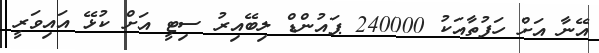
އޭނާ އަށް ހަފުތާއަކު 240000 ޕައުންޑް ލިބޭއިރު ސިޓީ އަށް ކުޅޭ އައިވަރީ